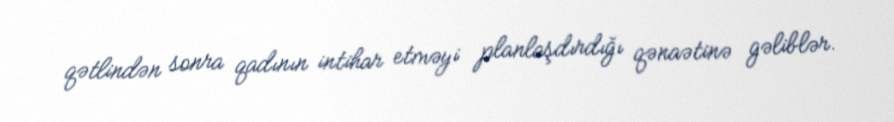
qətlindən sonra qadının intihar etməyi planlaşdırdığı qənaətinə gəliblər.